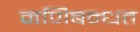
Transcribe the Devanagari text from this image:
मणिबन्धत